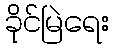
ခိုင်မြဲရေး